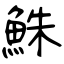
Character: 鮢